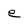
Character: e